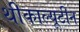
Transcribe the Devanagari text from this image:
थीकाल्यूटीन